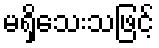
မရှိသေးသဖြင့်